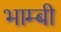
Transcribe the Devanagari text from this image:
भाम्बी